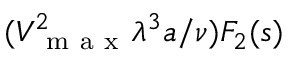
( V _ { \mathrm { ~ m ~ a ~ x ~ } } ^ { 2 } \lambda ^ { 3 } a / \nu ) F _ { 2 } ( s )